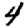
Digit: 4